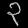
Digit: ၃